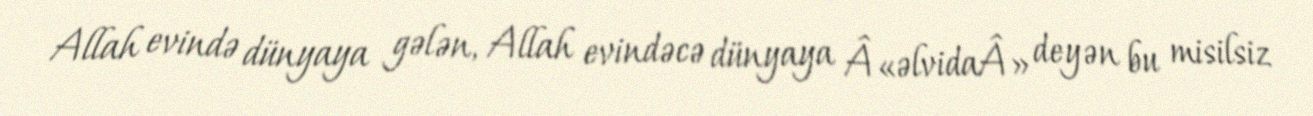
Allah evində dünyaya gələn, Allah evindəcə dünyaya Â«əlvidaÂ» deyən bu misilsiz